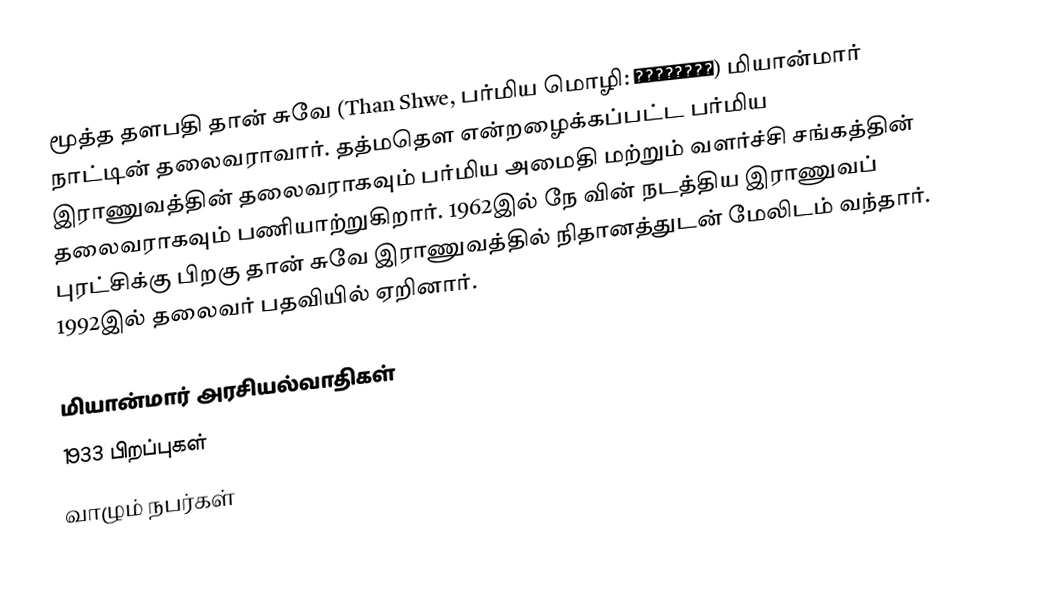
மூத்த தளபதி தான் சுவே (Than Shwe, பர்மிய மொழி: သန်းရွှေ) மியான்மார் நாட்டின் தலைவராவார். தத்மதௌ என்றழைக்கப்பட்ட பர்மிய இராணுவத்தின் தலைவராகவும் பர்மிய அமைதி மற்றும் வளர்ச்சி சங்கத்தின் தலைவராகவும் பணியாற்றுகிறார். 1962இல் நே வின் நடத்திய இராணுவப் புரட்சிக்கு பிறகு தான் சுவே இராணுவத்தில் நிதானத்துடன் மேலிடம் வந்தார். 1992இல் தலைவர் பதவியில் ஏறினார்.

மியான்மார் அரசியல்வாதிகள்
1933 பிறப்புகள்
வாழும் நபர்கள்